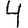
Digit: 4